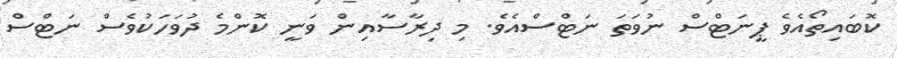
ކޮބައިތޯއެވެ ޕީނަޓްސް ނުވަތަ ނަޓްސްއެވެ. މި ދިރާސާއިން ވަނީ ކޮންމެ ދުވަހަކުވެސް ނަޓްސް